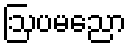
ဩပမညော